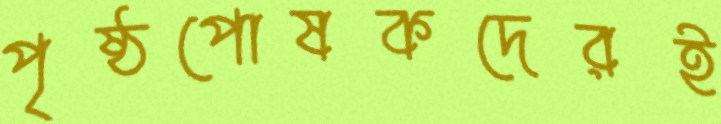
পৃষ্ঠপোষকদেরই